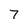
Character: 7